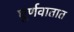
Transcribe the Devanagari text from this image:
घूर्णवातात